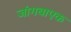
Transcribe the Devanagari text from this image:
जांगबाएक